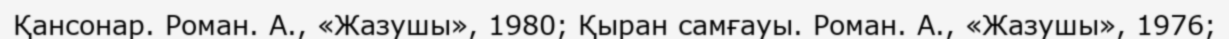
Қансонар. Роман. А., «Жазушы», 1980; Қыран самғауы. Роман. А., «Жазушы», 1976;